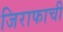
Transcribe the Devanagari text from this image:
जिराफाची